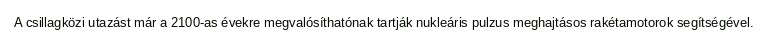
A csillagközi utazást már a 2100-as évekre megvalósíthatónak tartják nukleáris pulzus meghajtásos rakétamotorok segítségével.